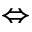
\Leftrightarrow